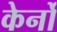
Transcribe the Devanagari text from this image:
केर्नो